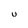
Character: U